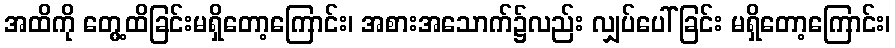
အထိကို တွေ့ထိခြင်းမရှိတော့ကြောင်း၊ အစားအသောက်၌လည်း လျှပ်ပေါ်ခြင်း မရှိတော့ကြောင်း၊